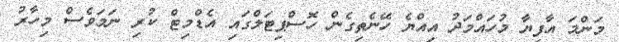
މަންމަ އާފިޔާ މުހައްމަދު އިއްޔެ ހޭނެތިގެން ހޮސްޕިޓަލްގައި އެޑްމިޓް ކުރި ނަމަވެސް މިހާރު